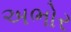
અભોર